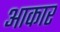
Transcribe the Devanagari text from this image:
अाकार